Trukikaitis_Postimees, lk 16
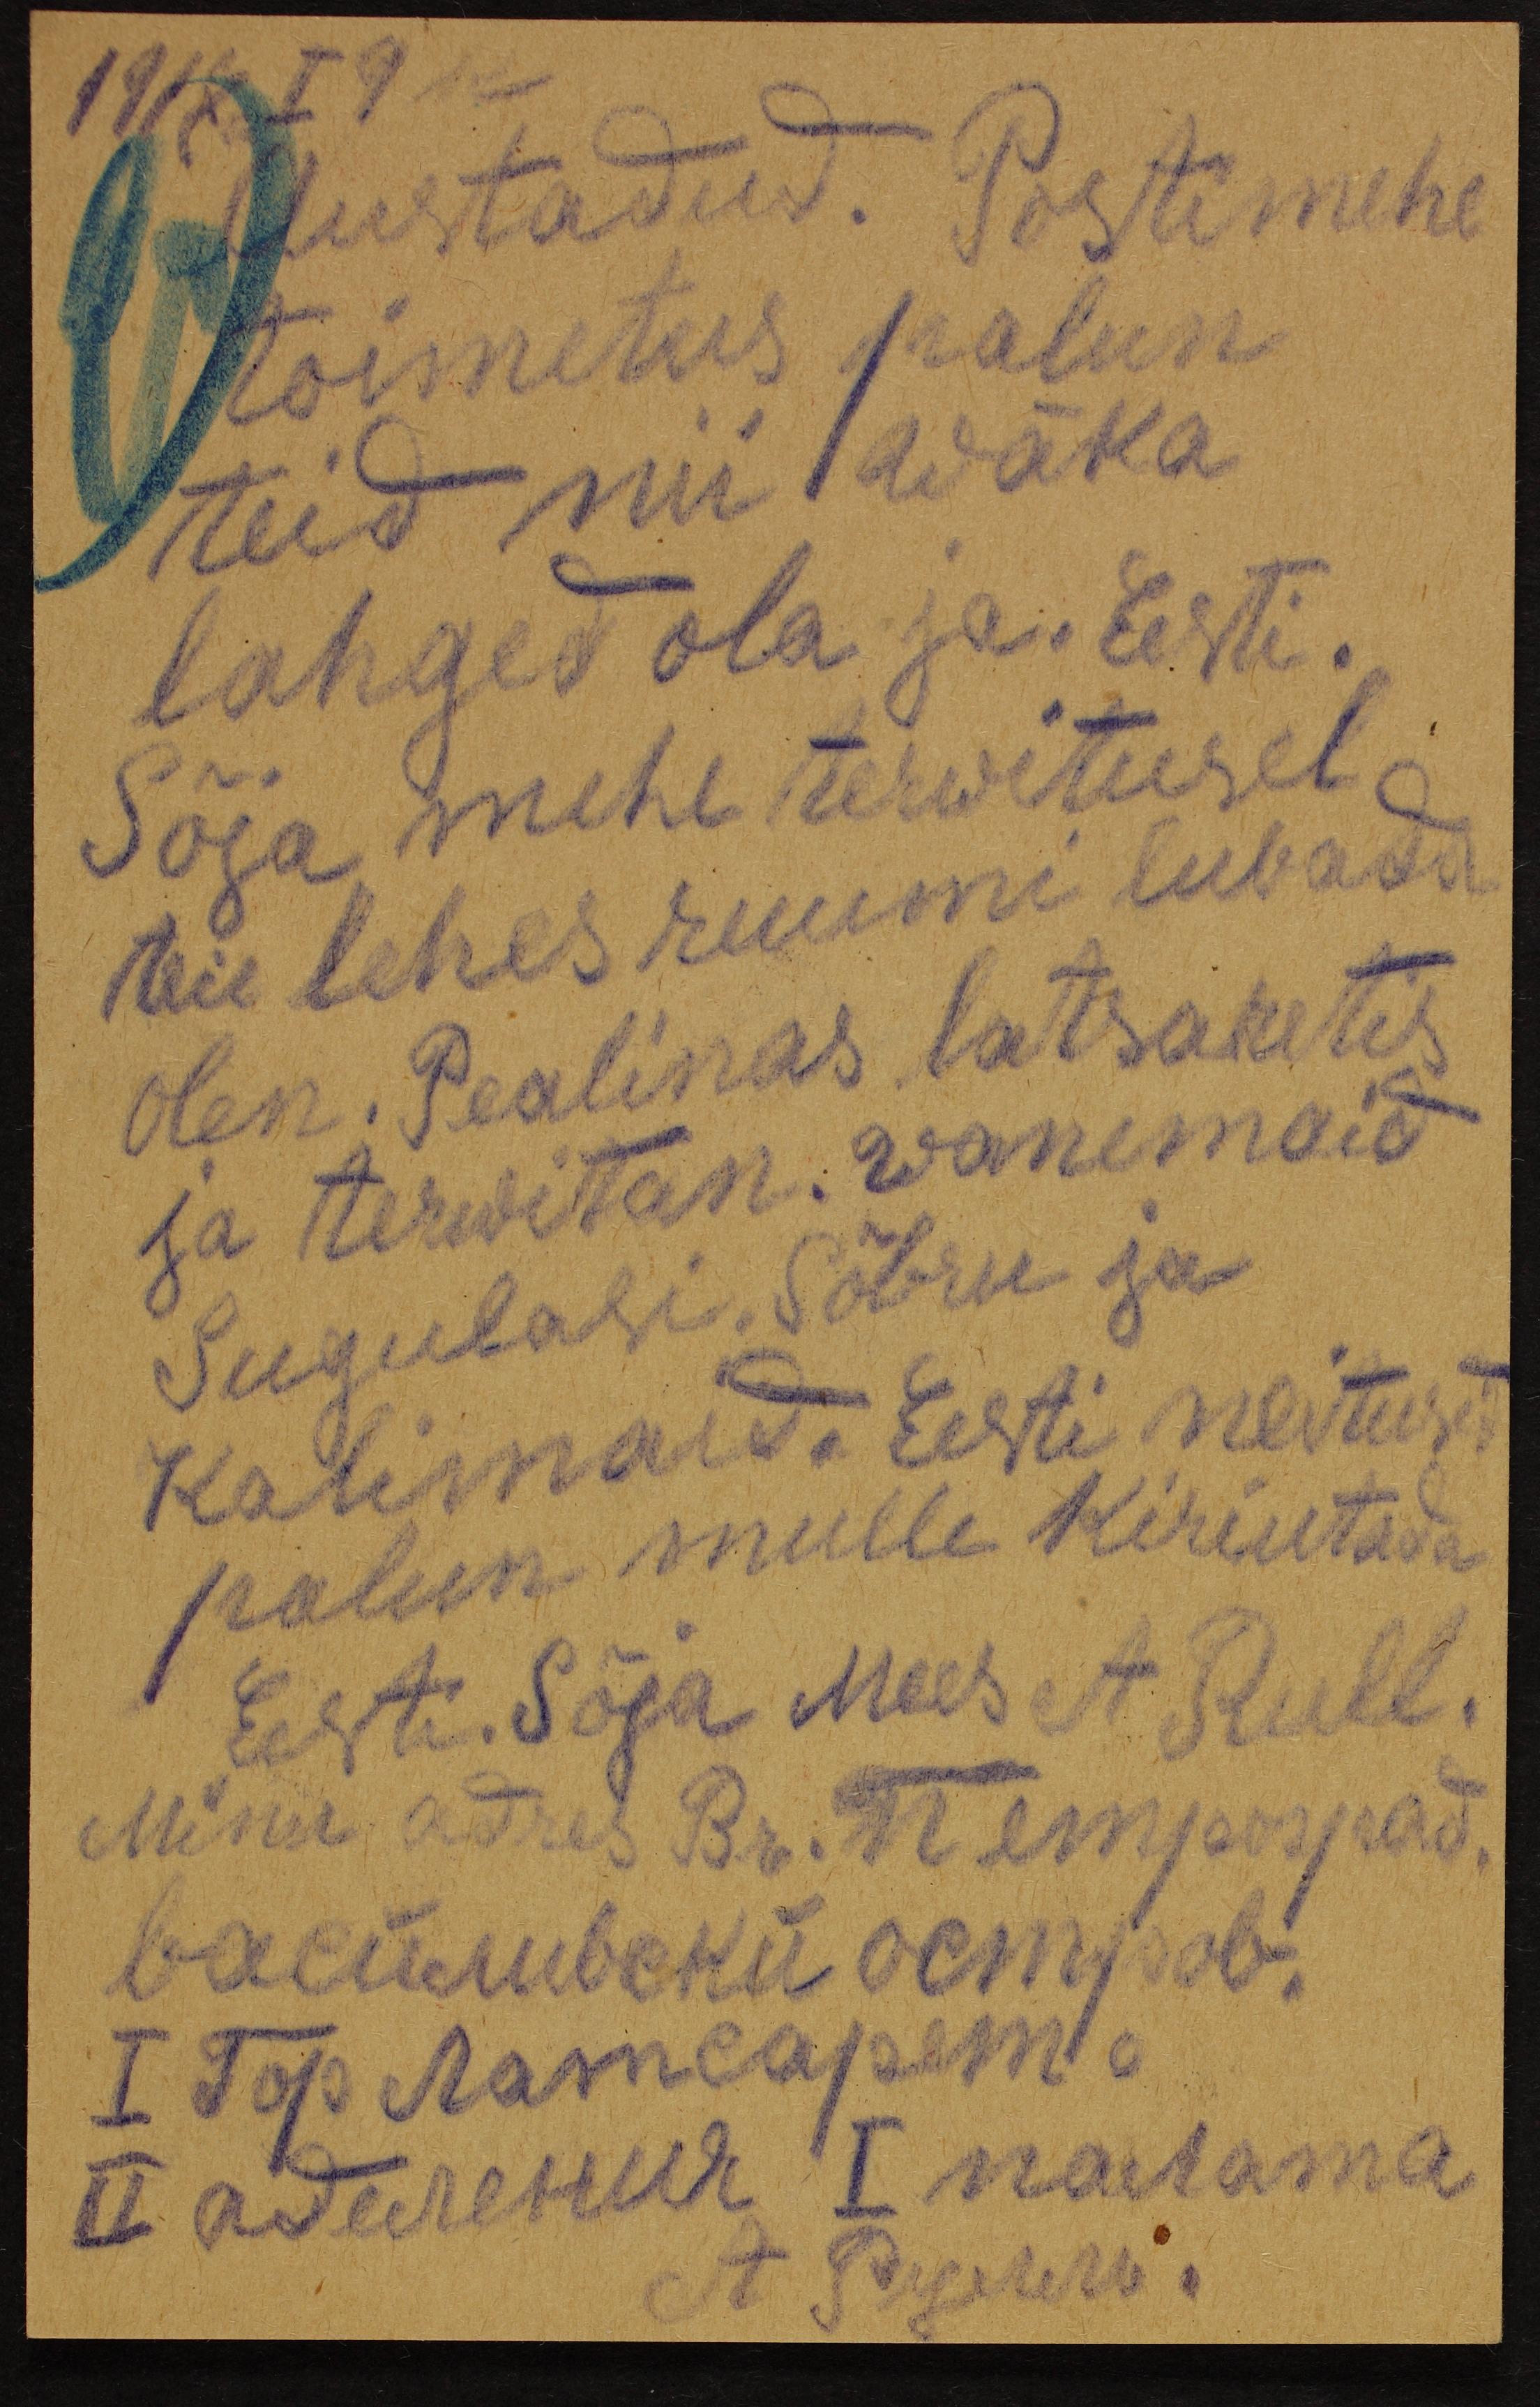
1918 I 9
Austadud. Postimehe
toimetus palun
teid nii wäka
lahged ola ja. Eesti.
Sõja mehe terwitusel
teie lehes ruumi lubada
olen. Pealinas latsaretis
ja terwitan wanemaid
sugulasi, sõbru ja
Kalimaid, Eesti neitused
palun mulle kirjutada
Eesti. Sõja Mees A Rull.
Mina adres Br. III empospad.